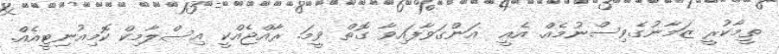
ތީމާކުރީ ޒަމާނުގެވިސްނުމެއް. އެއީ  އަންގަވާފައިވާ ގޮތް ވީމަ. ރާއްޖެއްކީ އިސްލާމިކް ކޮމިއުނިޓީއެއް.